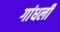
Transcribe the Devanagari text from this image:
गांधली